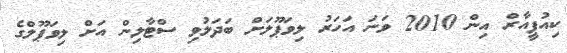
ކިއުޕީއާރް އިން 2010 ވަނަ އަހަރު ލިވަޕޫލަށް ބަދަލުވި ސްޓާލިން އަށް ލިވަޕޫލްގެ